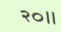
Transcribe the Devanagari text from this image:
२०॥